Annual administration and progress report of the Indian Medical Department, Bombay
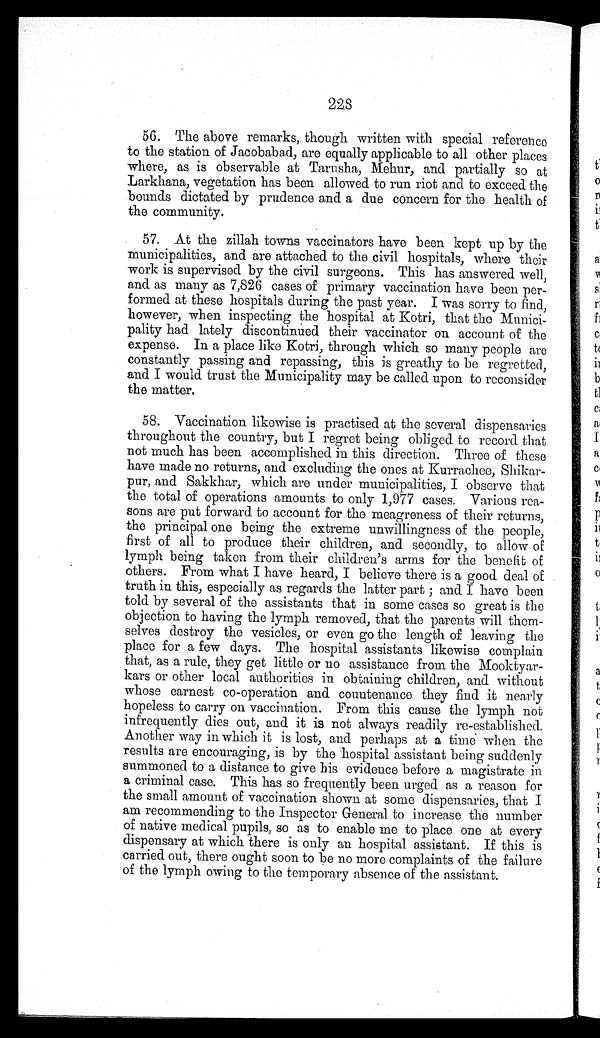
228
56. The above remarks, though written with special reference
to the station of Jacobabad, are equally applicable to all other places
where, as is observable at Tarusha, Mehur, and partially so at
Larkhana, vegetation has been allowed to run riot and to exceed the
bounds dictated by prudence and a due concern for the health of
the community.
57. At the zillah towns vaccinators have been kept up by the
municipalities, and are attached to the civil hospitals, where their
work is supervised by the civil surgeons. This has answered well,
and as many as 7,826 cases of primary vaccination have been per-
formed at these hospitals during the past year. I was sorry to find,
however, when inspecting the hospital at Kotri, that the Munici-
pality had lately discontinued their vaccinator on account of the
expense. In a place like Kotri, through which so many people are
constantly passing and repassing, this is greathy to be regretted,
and I would trust the Municipality may be called upon to reconsider
the matter.
58. Vaccination likewise is practised at the several dispensaries
throughout the country, but I regret being obliged to record that
not much has been accomplished in this direction. Three of these
have made no returns, and excluding the ones at Kurrachee, Shikar-
pur, and Sakkhar, which are under municipalities, I observe that
the total of operations amounts to only 1,977 cases. Various rea-
sons are put forward to account for the meagreness of their returns,
the principal one being the extreme unwillingness of the people,
first of all to produce their children, and secondly, to allow of
lymph being taken from their children’s arms for the benefit of
others. From what I have heard, I believe there is a good deal of
truth in this, especially as regards the latter part ; and I have been
told by several of the assistants that in some cases so great is the
objection to having the lymph removed, that the parents will them-
selves destroy the vesicles, or even go the length of leaving the
place for a few days. The hospital assistants likewise complain
that, as a rule, they get little or no assistance from the Mooktyar-
kars or other local authorities in obtaining children, and without
whose earnest co-operation and countenance they find it nearly
hopeless to carry on vaccination. From this cause the lymph not
infrequently dies out, and it is not always readily re-established.
Another way in which it is lost, and perhaps at a time when the
results are encouraging, is by the hospital assistant being suddenly
summoned to a distance to give his evidence before a magistrate in
a criminal case. This has so frequently been urged as a reason for
the small amount of vaccination shown at some dispensaries, that I
am recommending to the Inspector General to increase the number
of native medical pupils, so as to enable me to place one at every
dispensary at which there is only an hospital assistant. If this is
carried out, there ought soon to be no more complaints of the failure
of the lymph owing to the temporary absence of the assistant.